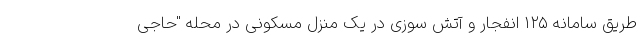
طریق سامانه ۱۲۵ انفجار و آتش سوزی در یک منزل مسکونی در محله "حاجی